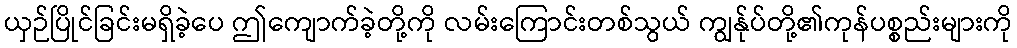
ယှဉ်ပြိုင်ခြင်းမရှိခဲ့ပေ ဤကျောက်ခဲ့တို့ကို လမ်းကြောင်းတစ်သွယ် ကျွန်ုပ်တို့၏ကုန်ပစ္စည်းများကို